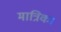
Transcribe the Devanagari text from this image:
मात्रिक।